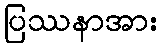
ပြဿနာအား